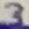
Text: 3